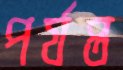
পর্যপ্ত